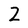
Character: Z